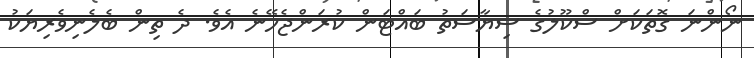
ނޯންނަ ގޮތަކަށް ސްކޫލުގެ ސިޔާސަތު ބައްޓަން ކުރަންޖެހޭނެ އެވެ. ދެ ތިން ބެލެނިވެރިޔަކު